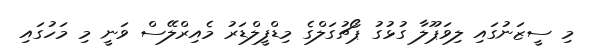
މި ސީޒަނުގައި ލިވަޕޫލާ ގުޅުގު ޕޯޗުގަލްގެ މިޑްފީލްޑަރު މެއިރްލޭސް ވަނީ މި މަހުގައި